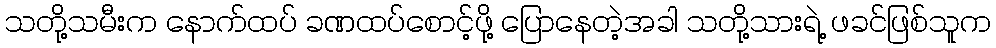
သတို့သမီးက နောက်ထပ် ခဏထပ်စောင့်ဖို့ ပြောနေတဲ့အခါ သတို့သားရဲ့ ဖခင်ဖြစ်သူက